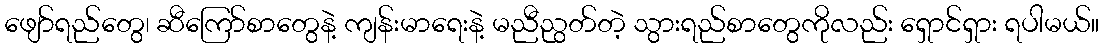
ဖျော်ရည်တွေ၊ ဆီကြော်စာတွေနဲ့ ကျန်းမာရေးနဲ့ မညီညွတ်တဲ့ သွားရည်စာတွေကိုလည်း ရှောင်ရှား ရပါမယ်။